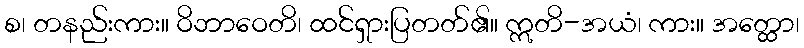
စ၊ တနည်းကား။ ဝိဘာဝေတိ၊ ထင်ရှားပြတတ်၏။ ဣတိ-အယံ၊ ကား။ အတ္ထော၊